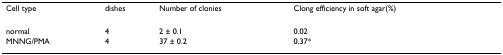
<table><thead><tr><td><b>Cell type</b></td><td><b>dishes</b></td><td><b>Number of clonies</b></td><td><b>Clong efficiency in soft agar(%)</b></td></tr></thead><tbody><tr><td>normal</td><td>4</td><td>2 ± 0.1</td><td>0.02</td></tr><tr><td>MNNG/PMA</td><td>4</td><td>37 ± 0.2</td><td>0.37*</td></tr></tbody></table>